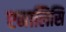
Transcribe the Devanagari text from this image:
एनालिसि